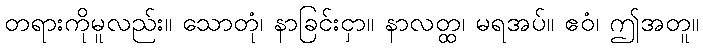
တရားကိုမူလည်း။ သောတုံ၊ နာခြင်းငှာ။ နာလတ္ထ၊ မရအပ်။ ဧဝံ၊ ဤအတူ။